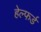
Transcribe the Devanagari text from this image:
हेल्फर्ड